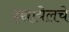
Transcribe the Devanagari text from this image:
इस्रायेलचे